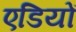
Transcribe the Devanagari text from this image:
एडियों